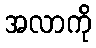
အလာကို